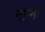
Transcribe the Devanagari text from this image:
नाम्मा